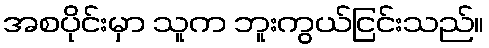
အစပိုင်းမှာ သူက ဘူးကွယ်ငြင်းသည်။